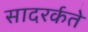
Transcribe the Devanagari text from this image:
सादरर्कते